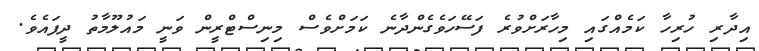
އިދާރި ހުރިހާ ކަމެއްގައި މިހާރަށްވުރެ ފަސޭހަވެގެންދާނެ ކަމަށްވެސް މިނިސްޓްރީން ވަނީ މައުލޫމާތު ދީފައެވެ.